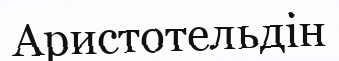
Аристотельдін